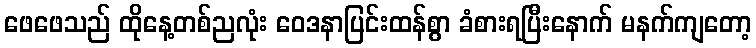
ဖေဖေသည် ထိုနေ့တစ်ညလုံး ဝေဒနာပြင်းထန်စွာ ခံစားရပြီးနောက် မနက်ကျတော့